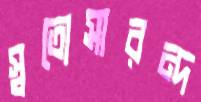
স্বত্যেসারন্দ